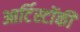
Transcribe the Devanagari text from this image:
आर्टिस्टोंकी